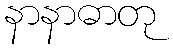
နာနာဓာတု